Report on vaccination in Madras 1904-1921 - 1904-1921
Year: 1904
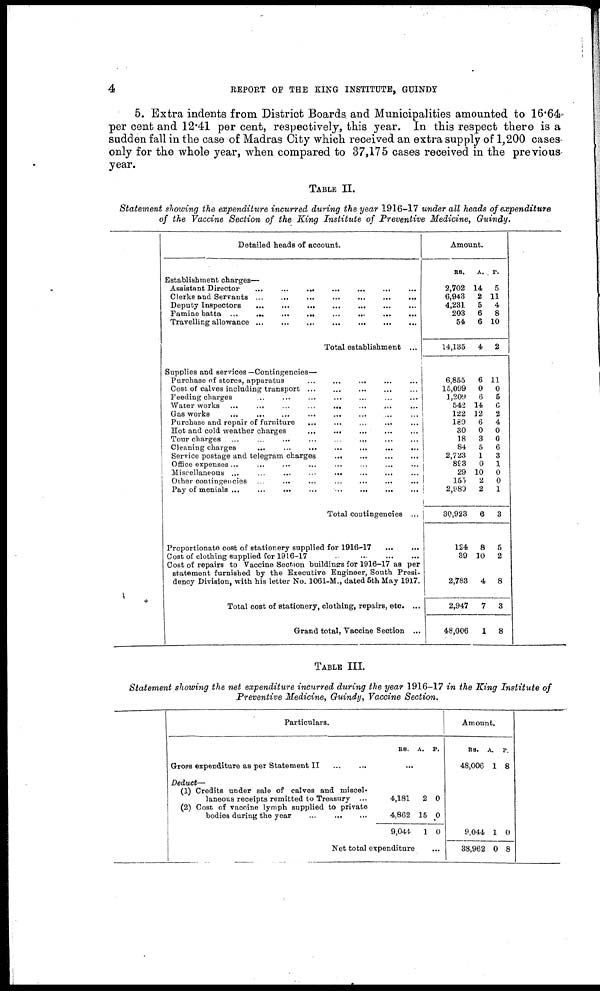
4
REPORT OF THE KING INSTITUTE, GUINDY
5. Extra indents from District Boards and Municipalities amounted to 16.64
per cent and 12.41 per cent, respectively, this year. In this respect there is a
sudden fall in the case of Madras City which received an extra supply of 1,200 cases
only for the whole year, when compared to 37,175 cases received in the previous
year.
TABLE II.
Statement showing the expenditure incurred during the year 1916-17 under all heads of expenditure
of the Vaccine Section of the King Institute of Preventive Medicine, Guindy.
Detailed heads of account.
Establishment charges—
Assistant Director
...
...
...
...
...
...
...
Clerks and Servants
...
...
...
...
...
...
...
Deputy Inspectors
...
...
...
...
...
...
...
Famine batta ... ... ... ...
...
...
...
...
Travelling allowance
...
...
...
...
...
...
...
...
Total establishment ...
Supplies and services —Contingencies—
Purchase of stores, apparatus
...
...
...
...
...
Cost of calves including transport ... ... ... ... ...
Feeding charges
...
...
...
...
...
...
...
...
Waterworks ... ... ...
...
...
...
...
...
Gas works ... ...
...
...
...
...
...
Purchase and repair of furniture
...
...
...
...
...
Hot and cold weather charges
...
...
...
... ...
Tour charges
...
...
...
...
...
...
...
...
Cleaning charges
...
...
...
...
...
...
...
Service postage and telegram charges
...
...
...
...
Office expenses ... ... ... ... ... ... ... ...
Miscellaneous ... ... ... ... ... ... ... ...
Other contingencies ...
...
...
...
...
... ... ...
Pay of menials ...
...
...
...
...
...
...
...
Total contingencies ...
Proportionate cost of stationery supplied for 1916-17
...
...
Cost of clothing supplied for 1916-17
...
...
...
Cost of repairs to Vaccine Section buildings for 1916-17 as per
statement furnished by the Executive Engineer, South Presi-
dency Division, with his letter No. 1061-M., dated 5th May 1917.
Total cost of stationery, clothing, repairs, etc ...
Grand total, Vaccine Section ...
Amount.
RS.
2,702
6,943
4,231
203
54
14,135
6,855
15,099
1,209
542
122
180
30
18
84
2,723
893
29
155
2,980
30,923
124
39
2,783
2,947
48,006
A.
14
2
5
6
6
4
6
0
6
14
12
6
0
3
5
1
0
10
2
2
6
8
10
4
7
1
P.
5
11
4
8
10
2
11
0
5
6
2
4
0
0
6
3
1
0
0
1
3
5
2
8
3
8
TABLE III.
Statement showing the net expenditure incurred during the year 1916-17 in the King Institute of
Preventive Medicine, Guindy, Vaccine Section.
Particulars.
Gross expenditure as per Statement II
...
...
Deduct—
(1) Credits under sale of calves and miscel-
laneous receipts remitted to Treasury ...
(2) Cost of vaccine lymph supplied to private
bodies during the year
...
...
...
RS. A. P.
...
4,181
4,862
9,044
2
15
1
0
0
0
Net total expenditure ...
Amount.
RS.
48,006
A.
1
P.
8
9,044
38,962
1
0
0
8